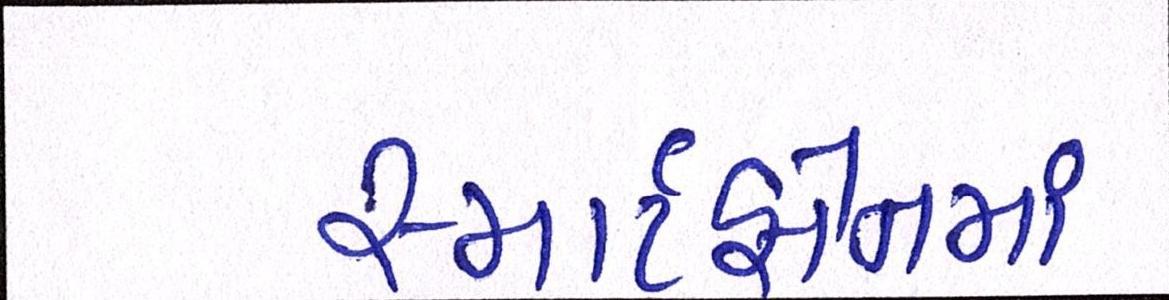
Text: સ્માર્ટફોનમાં